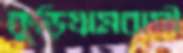
কুড়িগ্রামবাসী